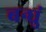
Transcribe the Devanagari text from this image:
बन्धुं